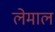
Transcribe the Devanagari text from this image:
लेमाल